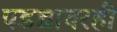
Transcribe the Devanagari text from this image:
पडद्यावरही